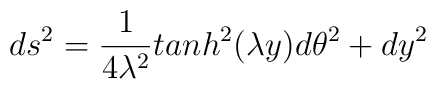
ds^2= \frac{1}{4 \lambda^2} tanh^2(\lambda y) d\theta^2      +d y^2